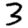
Digit: 3